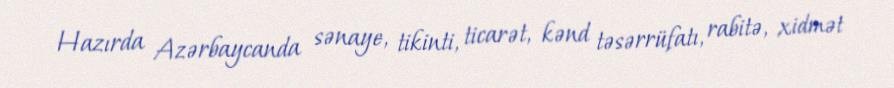
Hazırda Azərbaycanda sənaye, tikinti, ticarət, kənd təsərrüfatı, rabitə, xidmət